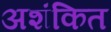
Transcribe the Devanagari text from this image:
अशंकित